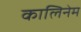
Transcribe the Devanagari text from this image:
कालिनेम